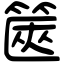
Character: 篋